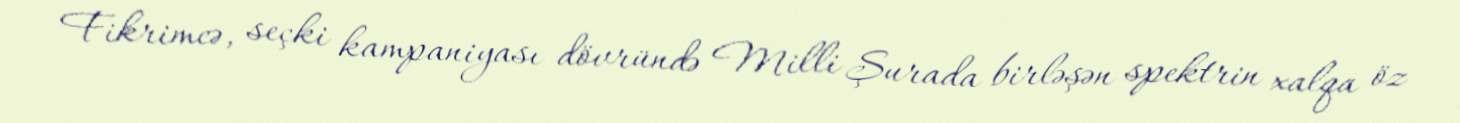
Fikrimcə, seçki kampaniyası dövründə Milli Şurada birləşən spektrin xalqa öz